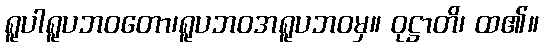
ရူပါရူပဘဝတော၊ရူပဘဝအရူပဘဝမှ။ ဝုဋ္ဌာတိ၊ ထ၏။